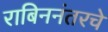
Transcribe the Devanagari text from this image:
राबिननंतरचे